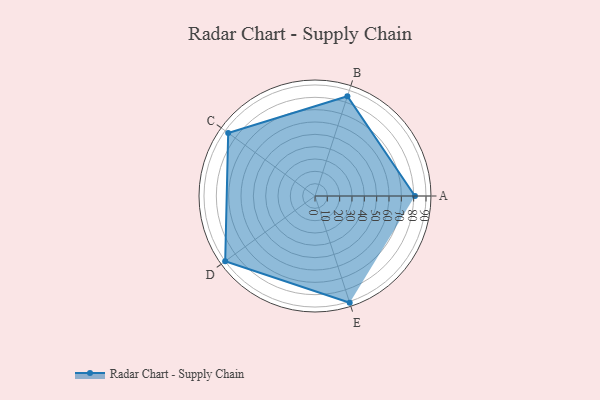
{"axis": {"x": "Skill", "y": "Score"}, "legend": ["Profile"], "data": [{"x": "A", "y": 81.0, "type": "Profile"}, {"x": "B", "y": 85.0, "type": "Profile"}, {"x": "C", "y": 87.0, "type": "Profile"}, {"x": "D", "y": 90.0, "type": "Profile"}, {"x": "E", "y": 91.0, "type": "Profile"}]}